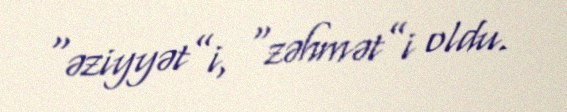
“əziyyət”i, “zəhmət”i oldu.